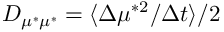
D _ { \mu ^ { * } \mu ^ { * } } = \langle { \Delta \mu ^ { * 2 } } / { \Delta t } \rangle / 2